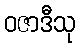
ဝဇာဒီသု